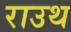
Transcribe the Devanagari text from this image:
राउथ